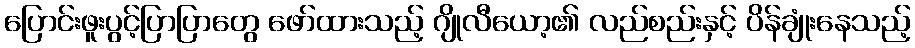
ပြောင်းဖူးပွင့်ပြာပြာတွေ ဖော်ထားသည့် ဂျိုလီယော့၏ လည်စည်းနှင့် ပိန်ချုံးနေသည့်